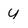
Character: y